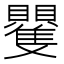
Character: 𮚭